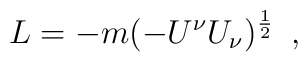
L=-m(-U^{\nu} U_{\nu })^{\frac{1}{2}}\,\,\, ,